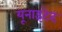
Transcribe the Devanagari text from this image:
यूनाइटेद